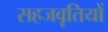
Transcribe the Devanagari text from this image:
सहजवृत्तियों